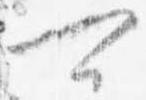
可